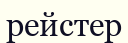
рейстер